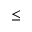
\leq